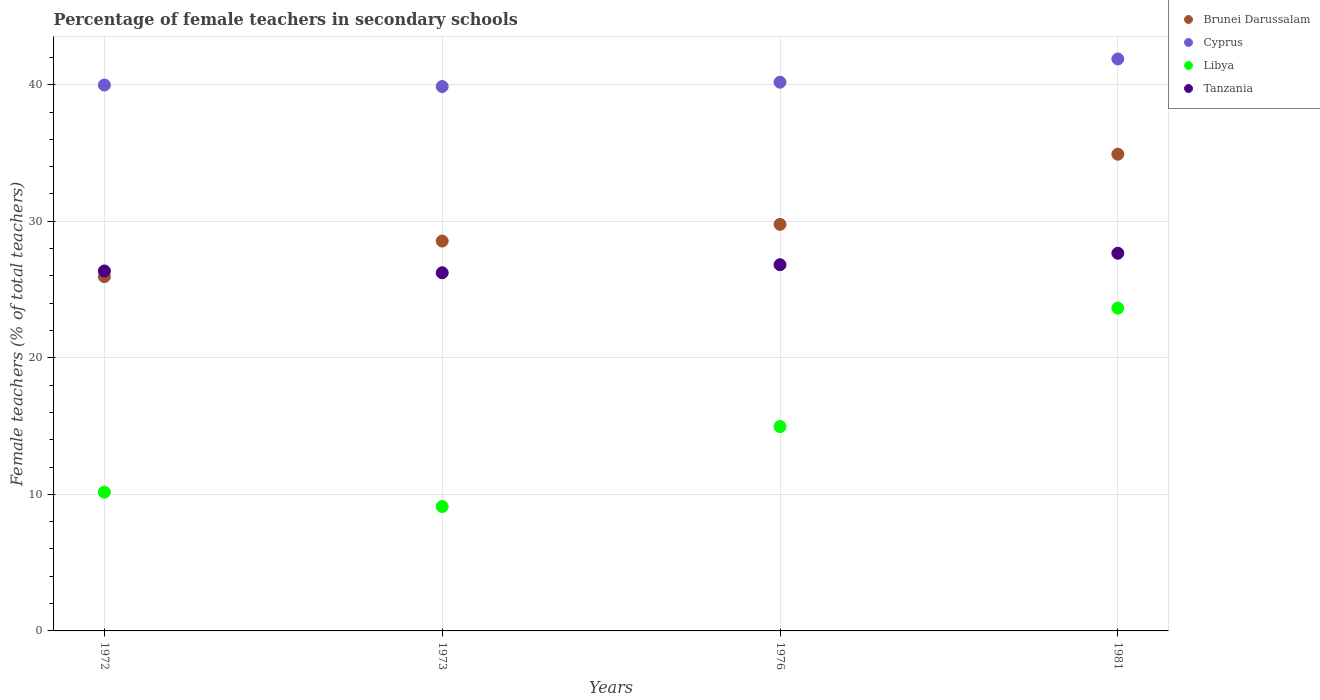
| Years | Brunei Darussalam | Cyprus | Libya | Tanzania |
 | --- | --- | --- | --- | --- |
 | 1972 | 25.9 | 40 | 10.2 | 26.4 |
 | 1973 | 28.6 | 39.9 | 9.11 | 26.2 |
 | 1976 | 29.8 | 40.2 | 15 | 26.8 |
 | 1981 | 34.9 | 41.9 | 23.6 | 27.7 |